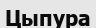
Цыпура